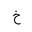
Letter: _kha